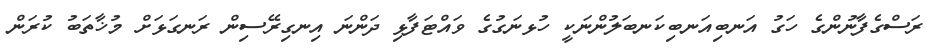
ރަސްގެފާނުންގެ ހަގު އަނބިއަނބިކަނބަލުންނަކީ ހުޅނަގުގެ ވައްޓަފާޅި ދަންނަ އިނގިރޭސިން ރަނގަޅަށް މުޚާތަބު ކުރަން